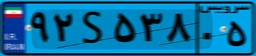
۴۱S۵۹۱۷۶